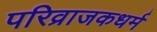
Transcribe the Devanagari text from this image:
परिव्राजकधर्म